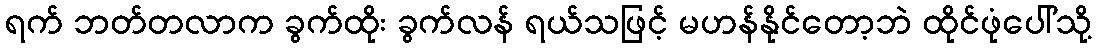
ရက် ဘတ်တလာက ခွက်ထိုး ခွက်လန် ရယ်သဖြင့် မဟန်နိုင်တော့ဘဲ ထိုင်ဖုံပေါ်သို့